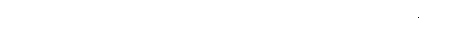
မွတ်စလင်များသည် လူသားများတည်ရှိနေခြင်းသည် ဘုရားသခင်အား ခယ